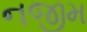
નજીમ